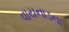
વાયનાડના